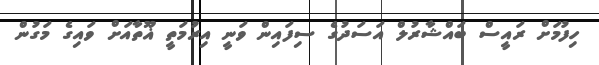
ހިފުމަށް ރައީސް ބައްޝާރުލް އަސަދުގެ ސިފައިން ވަނީ އިރުމަތީ ޣޫތާއަށް ވައިގެ މަގުން